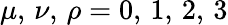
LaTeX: \mu,\, \nu,\, \rho=0,\, 1,\, 2,\, 3